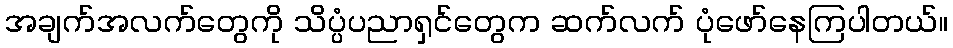
အချက်အလက်တွေကို သိပ္ပံပညာရှင်တွေက ဆက်လက် ပုံဖော်နေကြပါတယ်။